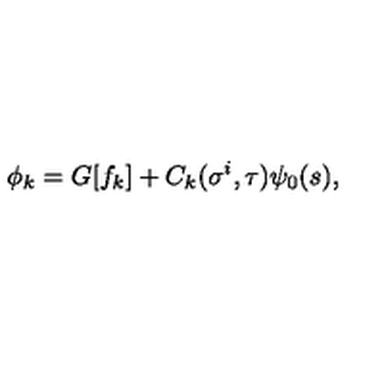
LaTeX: \phi _ { k } = G [ f _ { k } ] + C _ { k } ( \sigma ^ { i } , \tau ) \psi _ { 0 } ( s ) ,